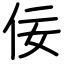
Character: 佞